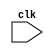
module synchronous_design_element (
    input wire clk,
    // other input and output ports here
);

// declare your signals and variables here

always @ (posedge clk or negedge clk) begin
    // write your logic here
end

// other code here

endmodule